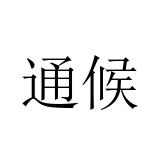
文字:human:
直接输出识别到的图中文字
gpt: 通候